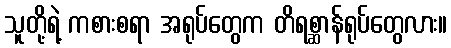
သူတို့ရဲ့ ကစားစရာ အရုပ်တွေက တိရစ္ဆာန်ရုပ်တွေလား။